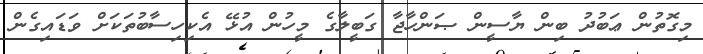
މިގޮތުން ޢަބުދު ބިން ޔާސީން ޞަންހާޖާ ގަބީލާގެ މީހުން އުޅޭ އެކިހިސާބުތަކަށް ވަޑައިގެން